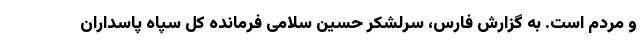
و مردم است. به گزارش فارس، سرلشکر حسین سلامی فرمانده کل سپاه پاسداران